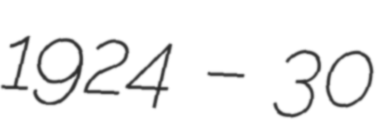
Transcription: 1924 – 30